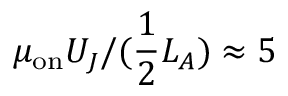
\mu _ { \mathrm { o n } } U _ { J } / ( \frac { 1 } { 2 } L _ { A } ) \approx 5